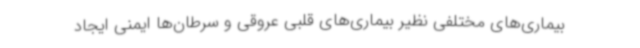
بیماری‌های مختلفی نظیر بیماری‌های قلبی عروقی و سرطان‌ها ایمنی ایجاد